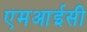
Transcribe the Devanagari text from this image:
एमआईसी